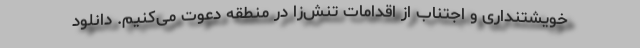
خویشتنداری و اجتناب از اقدامات تنش‌زا در منطقه دعوت می‌کنیم. دانلود